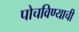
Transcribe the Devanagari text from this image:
पोचविण्याची